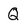
Character: Q